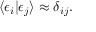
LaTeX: \langle \epsilon _ { i } | \epsilon _ { j } \rangle \approx \delta _ { i j } .